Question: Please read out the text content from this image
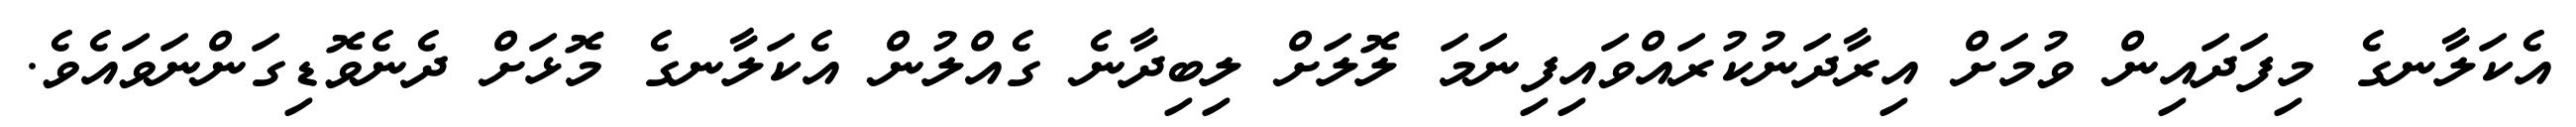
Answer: އެކަލާނގެ މިފަދައިން ވުމަށް އިރާދަނުކުރައްވައިފިނަމަ ލޮލަށް ލިބިދާނެ ގެއްލުން އެކަލާނގެ މޮޅަށް ދެނެވޮޑިގަންނަވައެވެ.